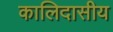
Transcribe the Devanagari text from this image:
कालिदासीय